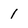
Character: 1